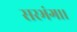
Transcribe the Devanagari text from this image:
सरभंग।।